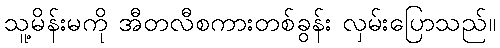
သူ့မိန်းမကို အီတလီစကားတစ်ခွန်း လှမ်းပြောသည်။